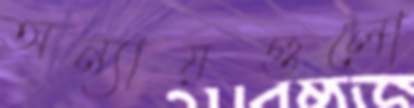
অন্যায়গুলো